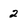
Character: 2